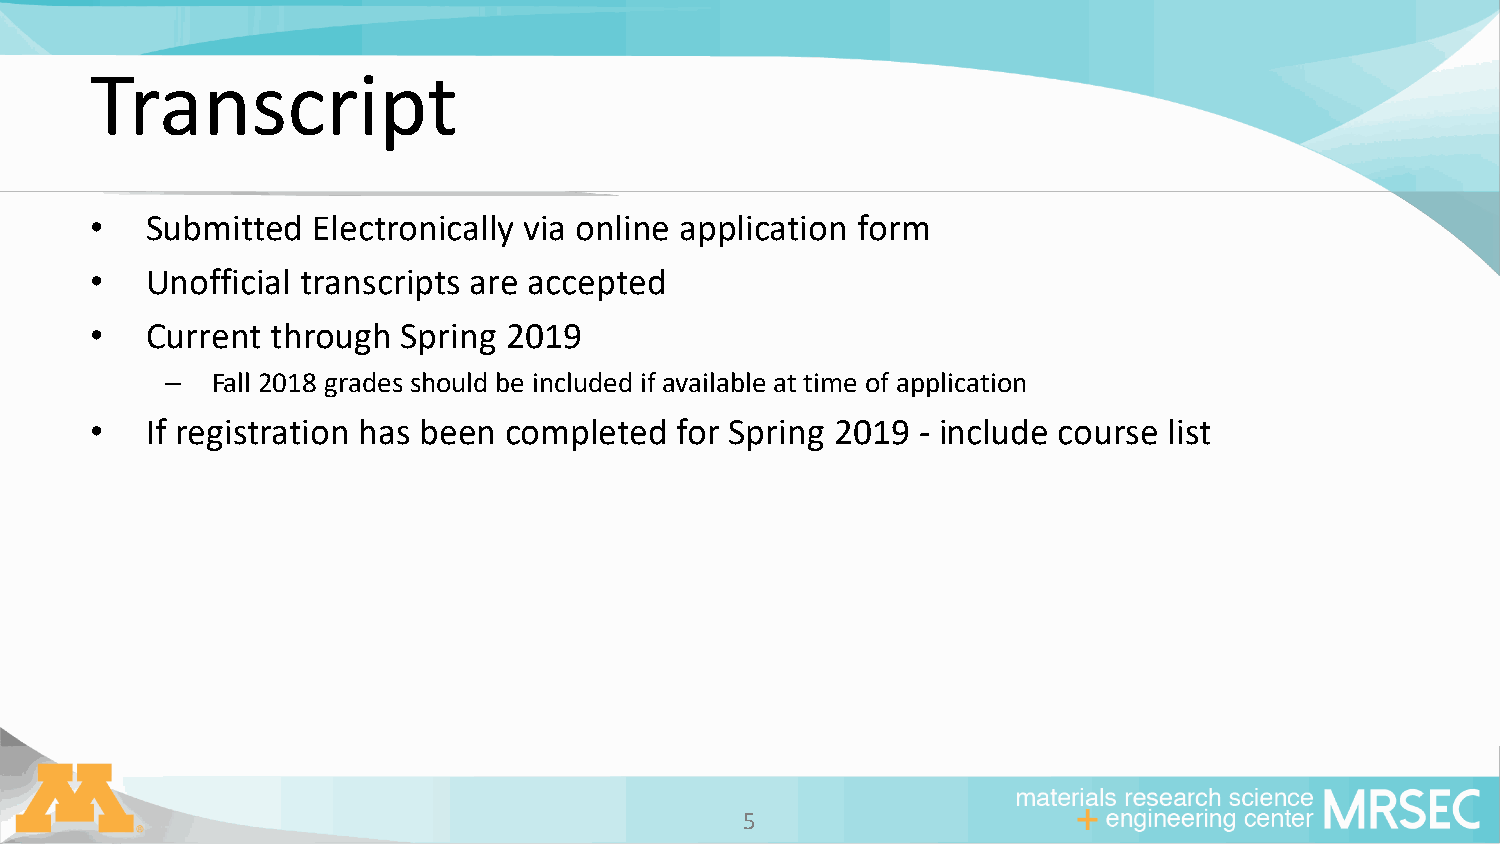
Transcript
 •   Submitted  Electronically via online application form
 •   Unofficial transcripts are accepted
 •   Current through  Spring 2019
 –  Fall 2018 grades should be included if available at time of application
 •   If registration has been completed for Spring 2019 - include course list
 55